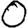
Digit: 0